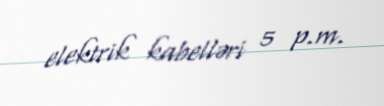
elektrik kabelləri 5 p.m.